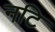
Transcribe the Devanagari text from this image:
नटि